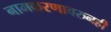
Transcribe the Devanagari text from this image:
नामकरणावरुनही